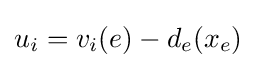
u_{i}=v_{i}(e)-d_{e}(x_{e})